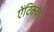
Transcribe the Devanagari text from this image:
ऐंटिक्वेरी